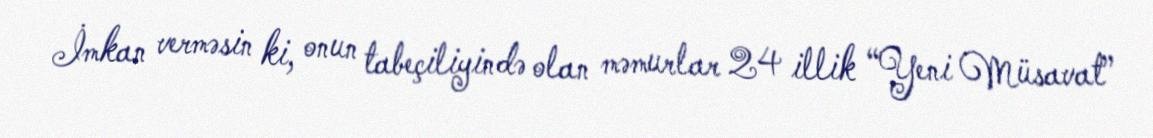
İmkan verməsin ki, onun tabeçiliyində olan məmurlar 24 illik “Yeni Müsavat”